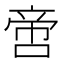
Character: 啻